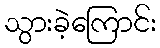
သွားခဲ့ကြောင်း